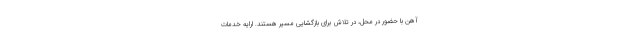
آهن با حضور در محل، در تلاش برای بازگشایی مسیر هستند. ارایه خدمات